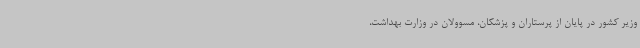
وزیر کشور در پایان از پرستاران و پزشکان، مسوولان در وزارت بهداشت،